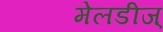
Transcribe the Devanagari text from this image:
मेलडीज्